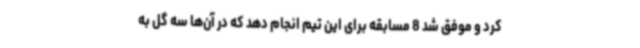
کرد و موفق شد 8 مسابقه برای این تیم انجام دهد که در آن‌ها سه گل به